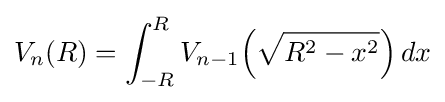
V_{n}(R)=\int _{-R}^{R}V_{n-1}\!\left({\sqrt {R^{2}-x^{2}}}\right)dx